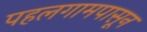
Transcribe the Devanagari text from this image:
पहलगामपासून